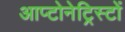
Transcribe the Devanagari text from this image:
आप्टोनेट्रिस्टों